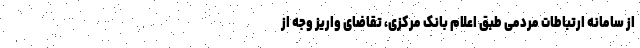
از سامانه ارتباطات مردمی طبق اعلام بانک مرکزی، تقاضای واریز وجه از